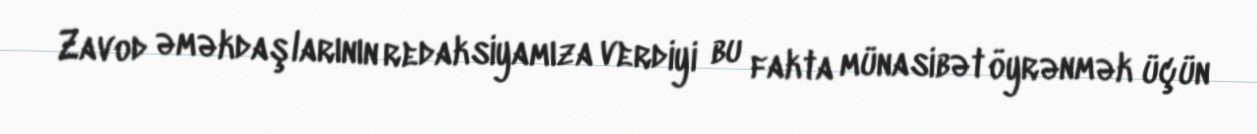
Zavod əməkdaşlarının redaksiyamıza verdiyi bu fakta münasibət öyrənmək üçün